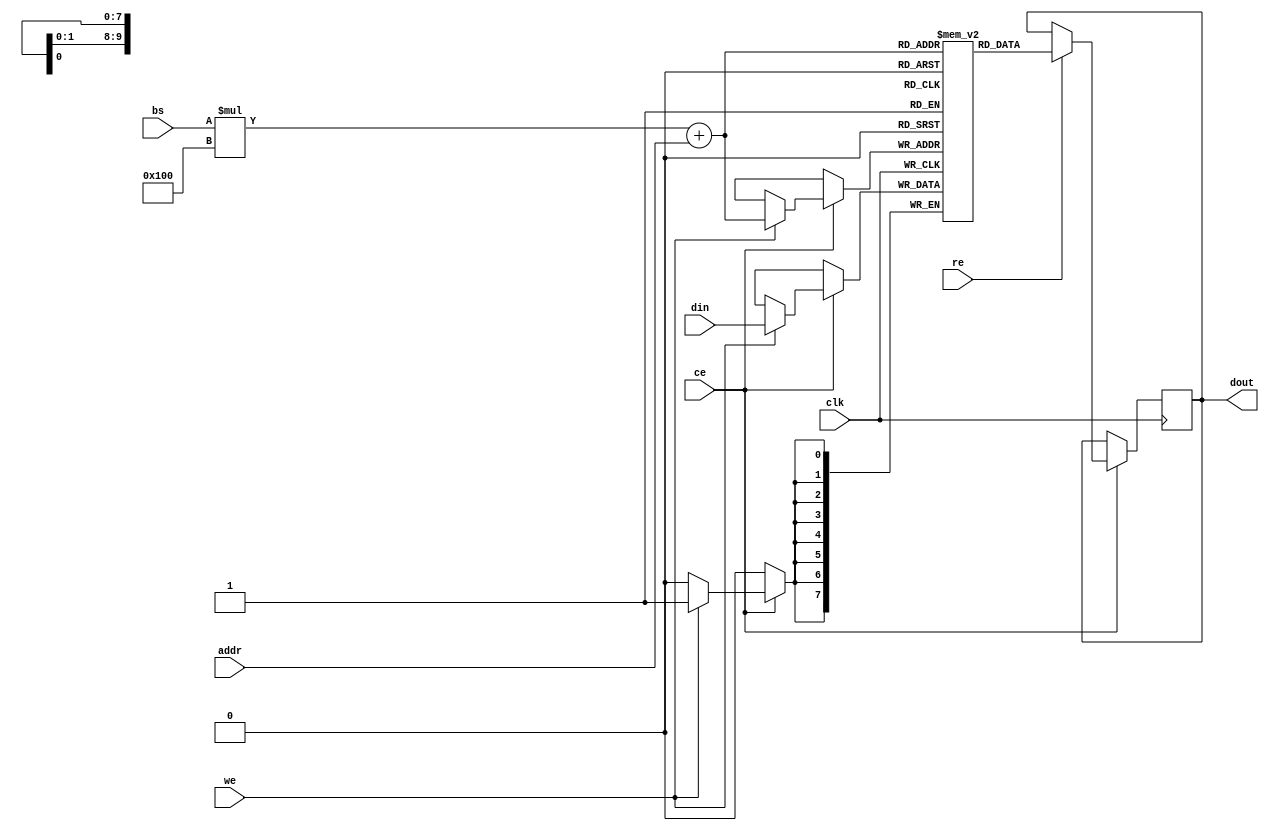
module multibank_sram #(
    parameter NUM_BANKS = 4,      // Number of memory banks
    parameter ADDR_WIDTH = 8,      // Address width for each bank
    parameter DATA_WIDTH = 8        // Data width for each bank
)(
    input wire clk,                 // Clock signal
    input wire ce,                  // Chip Enable
    input wire we,                  // Write Enable
    input wire re,                  // Read Enable
    input wire [NUM_BANKS-1:0] bs, // Bank Select
    input wire [ADDR_WIDTH-1:0] addr, // Address within the selected bank
    input wire [DATA_WIDTH-1:0] din, // Data input for write operations
    output reg [DATA_WIDTH-1:0] dout // Data output for read operations
);

    // Memory banks declaration
    reg [DATA_WIDTH-1:0] memory [0:NUM_BANKS-1][0:(1 << ADDR_WIDTH)-1]; // Multibank memory

    // Read and Write operations
    always @(posedge clk) begin
        if (ce) begin
            if (we) begin
                // Write operation
                memory[bs][addr] <= din;
            end
            if (re) begin
                // Read operation
                dout <= memory[bs][addr];
            end
        end
    end

endmodule